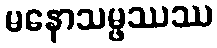
မနောသမ္ဖဿဿ